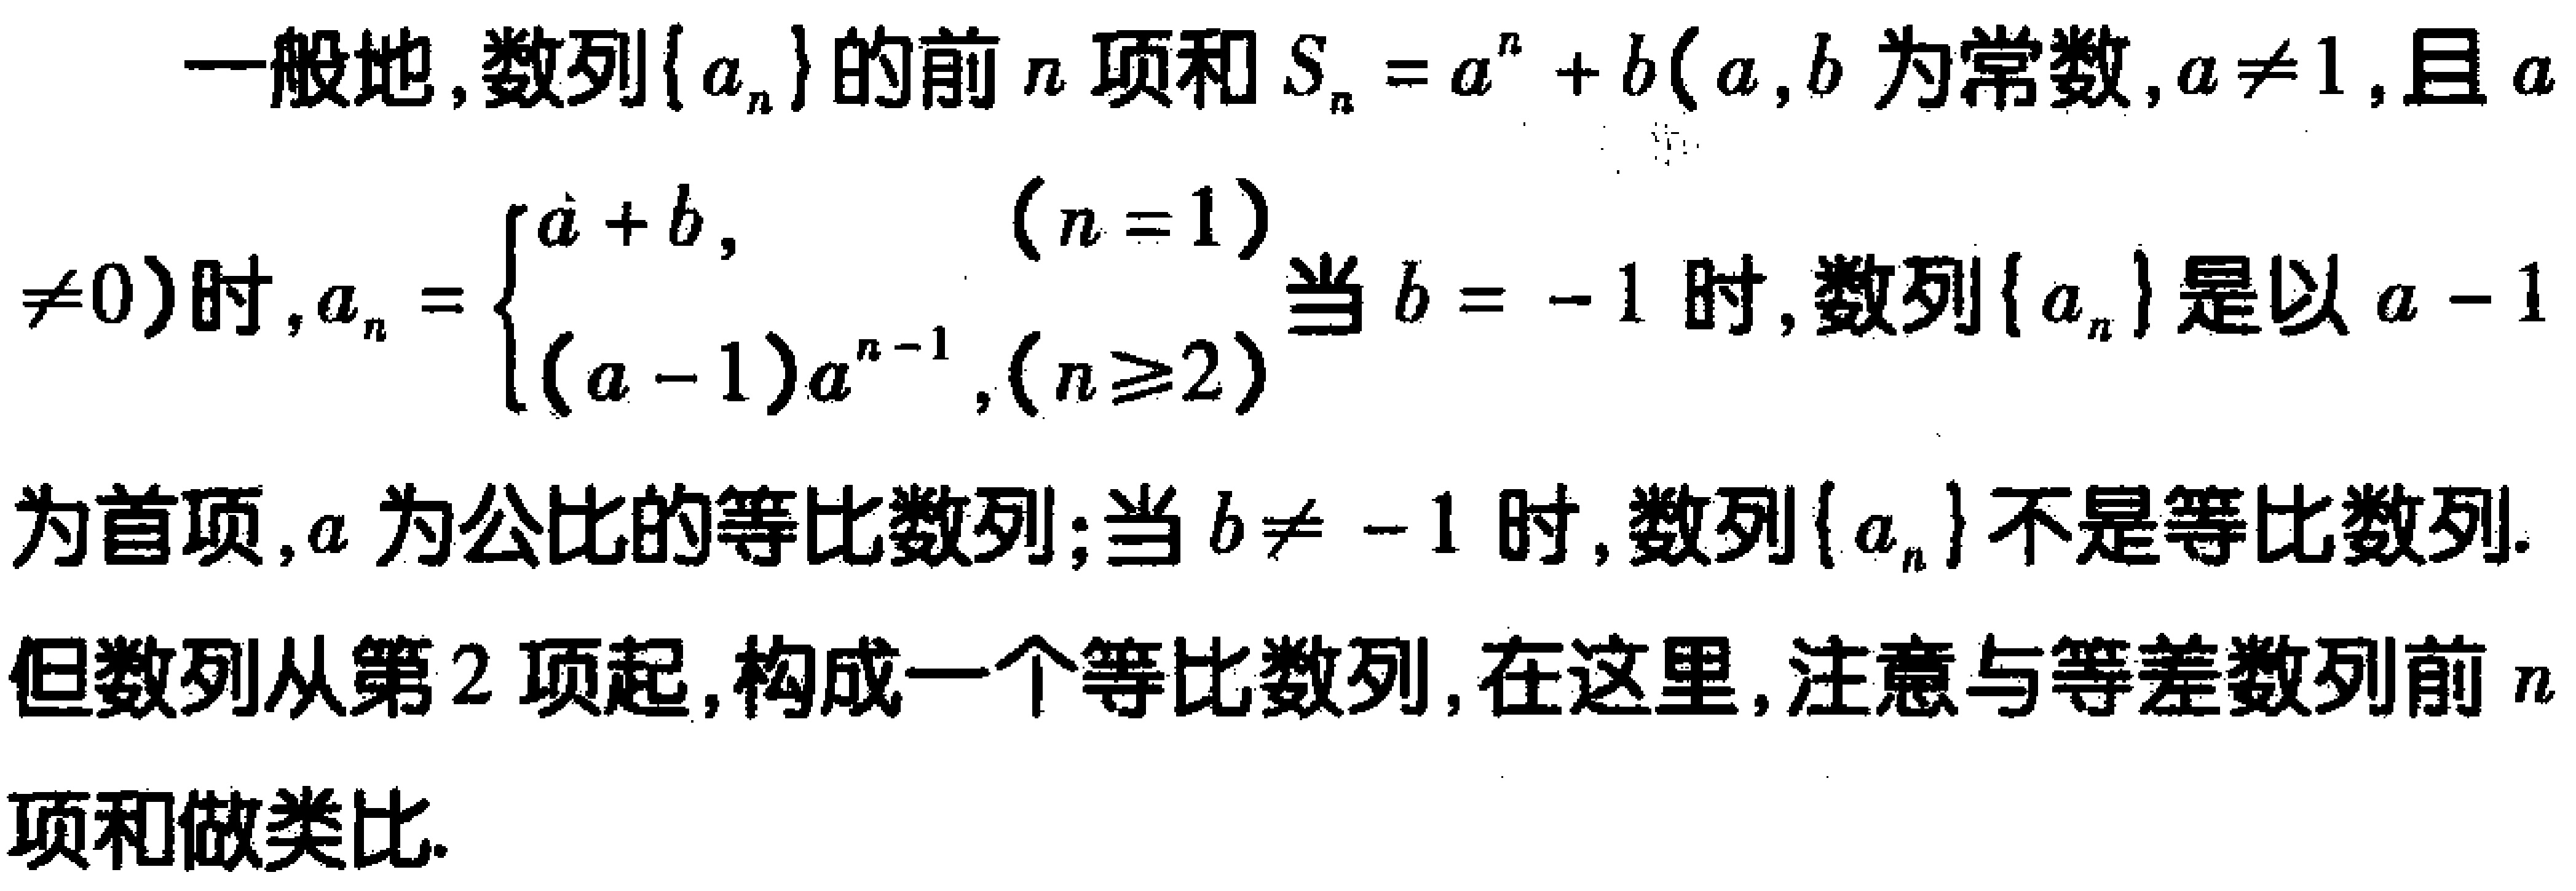
再考虑上述各项中 2 的指数所组成的数列